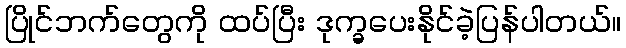
ပြိုင်ဘက်တွေကို ထပ်ပြီး ဒုက္ခပေးနိုင်ခဲ့ပြန်ပါတယ်။